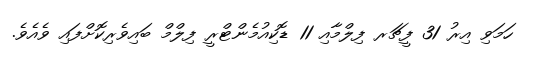
ހަމަވި އިރު 31 ފީޗަރ ފިލްމާއި 11 ޑޮކިއުމެންޓްރީ ފިލްމް ބައިވެރިކޮށްފައި ވެއެވެ.